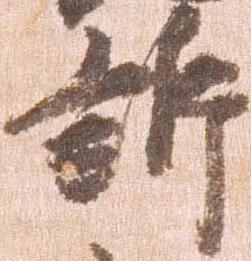
訴